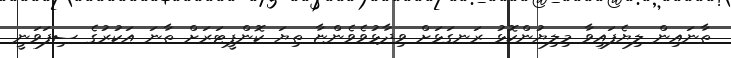
ތާނައިން ލިޔެފައިވާ މިލިޔުންކޮޅު ރަނގަޅަށް ވިދާޅުވެވެންޏާ ތިޔަ ކޮންޕީޓަރަށް ތާނަ އަކުރުގެ ސިފަވަނީ